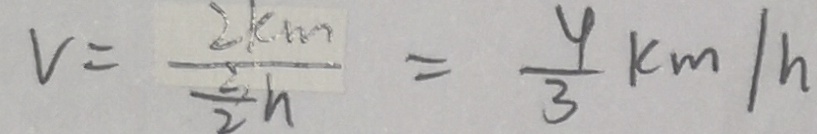
V = \frac { 2 k m } { \frac { 3 } { 2 } h } = \frac { 4 } { 3 } k m / h